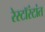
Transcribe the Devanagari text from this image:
रेस्टॉरंटांत